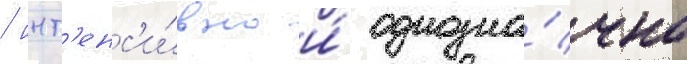
/ инт'енс'и́вно и́ однозна́чно